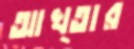
আখ্তার